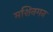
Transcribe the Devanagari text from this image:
मशिनगन